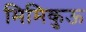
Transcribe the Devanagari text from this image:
मिमिकुऊ